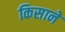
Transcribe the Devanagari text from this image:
किसाने